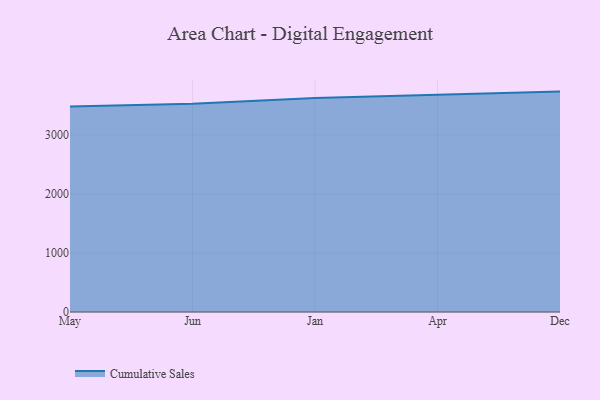
{"axis": {"x": "Month", "y": "Active Users"}, "legend": ["Cumulative Sales"], "data": [{"x": "May", "y": 3479.7, "type": "Cumulative Sales"}, {"x": "Jun", "y": 3525.6, "type": "Cumulative Sales"}, {"x": "Jan", "y": 3625.3, "type": "Cumulative Sales"}, {"x": "Apr", "y": 3680.2, "type": "Cumulative Sales"}, {"x": "Dec", "y": 3733.5, "type": "Cumulative Sales"}]}